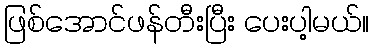
ဖြစ်အောင်ဖန်တီးပြီး ပေးပါ့မယ်။